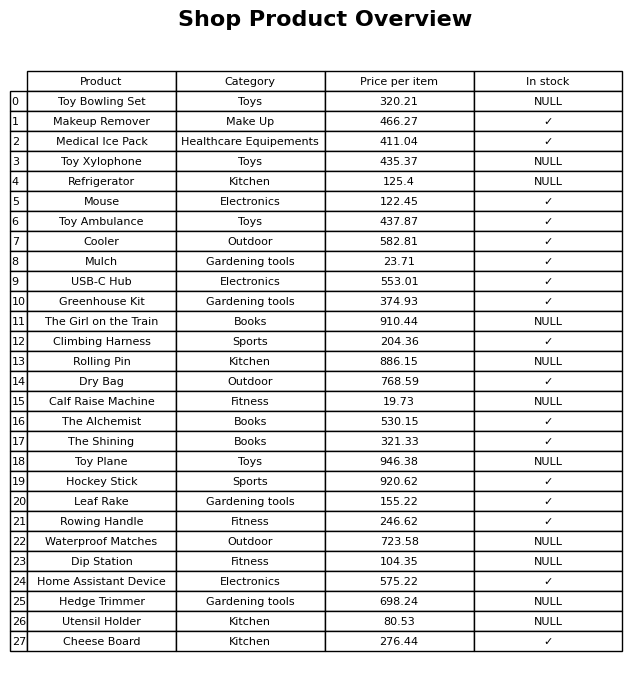
question: What is the stock status of the Rowing Handle?
answer: ✓